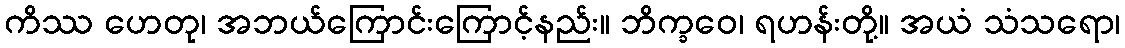
ကိဿ ဟေတု၊ အဘယ်ကြောင်းကြောင့်နည်း။ ဘိက္ခဝေ၊ ရဟန်းတို့။ အယံ သံသရော၊